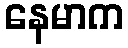
နေမာက